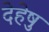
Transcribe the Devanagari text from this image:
देहेषु